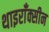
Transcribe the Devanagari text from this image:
थाइराँक्सीन